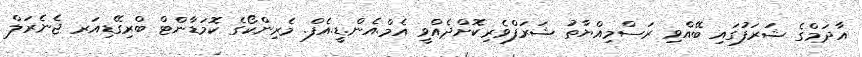
އާދަމްގެ ޝަރަފުގައި ބޭއްވި ރަސްމިއްޔާތު ޝަރަފްވެރިކޮށްދެއްވީ އެމް.އެން.ޑީ.އެފް. މެރިންކޯގެ ކޮމަޑާންޓް ބްރިގޭޑިއަރ ޖެނެރަލް